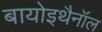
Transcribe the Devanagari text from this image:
बायोइथैनॉल